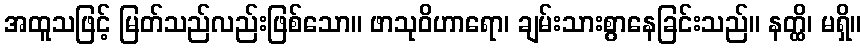
အထူသဖြင့် မြတ်သည်လည်းဖြစ်သော။ ဖာသုဝိဟာရော၊ ချမ်းသားစွာနေခြင်းသည်။ နတ္ထိ၊ မရှိ။